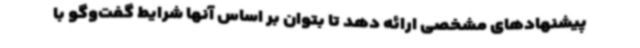
پیشنهادهای مشخصی ارائه دهد تا بتوان بر اساس آنها شرایط گفت‌وگو با